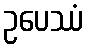
ဥပေဿံ